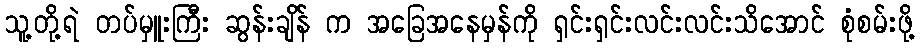
သူ့တို့ရဲ တပ်မှူးကြီး ဆွန်းချိန် က အခြေအနေမှန်ကို ရှင်းရှင်းလင်းလင်းသိအောင် စုံစမ်းဖို့